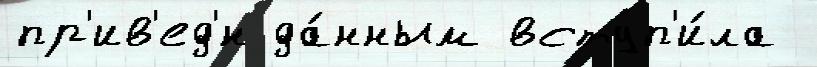
пр'ив'ед'́н да́нным вступ'и́ла